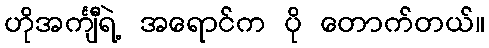
ဟိုအင်္ကျီရဲ့ အရောင်က ပို တောက်တယ်။